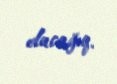
olacağıq.